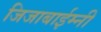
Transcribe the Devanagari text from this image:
जिजाबाईम्नी